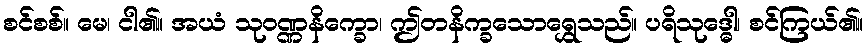
စင်စစ်။ မေ၊ ငါ၏။ အယံ သုဝဏ္ဏနိက္ခော၊ ဤတနိက္ခသောရွှေသည်။ ပရိသုဒ္ဓေါ၊ စင်ကြယ်၏။